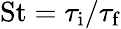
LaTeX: \mathrm{St}=\tau_{\mathrm{i}}/\tau_{\mathrm{f}}